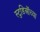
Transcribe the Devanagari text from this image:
स्टुडिऒंच्या